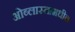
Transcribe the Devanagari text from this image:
ओब्लास्तामधील